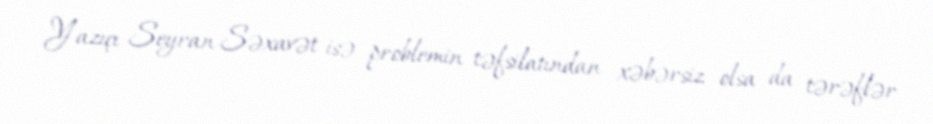
Yazıçı Seyran Səxavət isə problemin təfsilatından xəbərsiz olsa da tərəflər